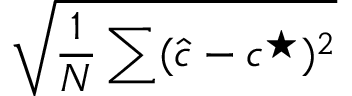
\sqrt { \frac { 1 } { N } \sum ( \hat { \boldsymbol { c } } - \boldsymbol { c } ^ { \star } ) ^ { 2 } }